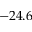
- 2 4 . 6